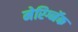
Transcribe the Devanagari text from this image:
मेरिग्नॅक